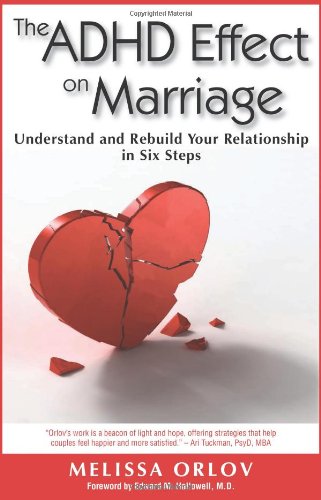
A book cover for The ADHD Effect on Marriage: Understand and Rebuild Your Relationship in Six Steps; Melissa Orlov; Parenting & Relationships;